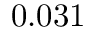
0 . 0 3 1